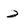
Character: 2